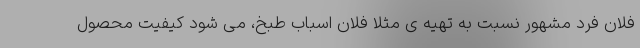
فلان فردِ مشهور نسبت به تهیه ی مثلا فلان اسباب طبخ، می شود کیفیت محصول